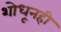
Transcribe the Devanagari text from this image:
शोधूनही